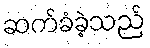
ဆက်ခံခဲ့သည်